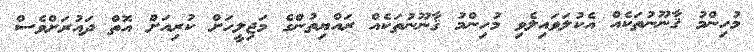
މުހިންމު ޤާނޫނުތަކެއް އެކުލަވައިލެވި މުހިންމު ޤާނޫނުތަކެއް ރައްޔިތުންގެ މަޖިލީހަށް ކުރިއަށް އޮތް ދައުރަށްވެސް